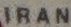
IRAN